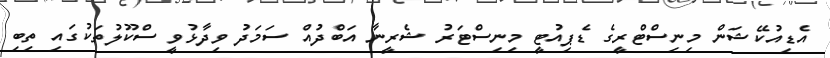
އެޑިއުކޭޝަން މިނިސްޓްރީގެ ޑެޕިއުޓީ މިނިސްޓަރު ޝެރީނާ އަބްދުއް ސަމަދު ވިދާޅުވީ ސްކޫލުތަކުގައި ތިބި